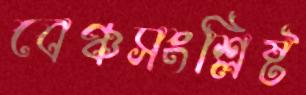
বেঞ্চসংশ্লিষ্ট